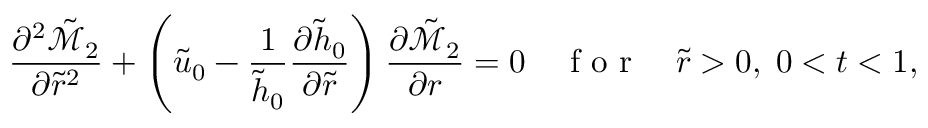
\frac { \partial ^ { 2 } \tilde { \mathcal { M } } _ { 2 } } { \partial \tilde { r } ^ { 2 } } + \left( \tilde { u } _ { 0 } - \frac { 1 } { \tilde { h } _ { 0 } } \frac { \partial \tilde { h } _ { 0 } } { \partial \tilde { r } } \right) \frac { \partial \tilde { \mathcal { M } } _ { 2 } } { \partial r } = 0 \quad \mathrm { ~ f ~ o ~ r ~ } \quad \tilde { r } > 0 , \; 0 < t < 1 ,